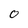
Character: o